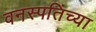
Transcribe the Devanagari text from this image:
वनस्पतिंच्या